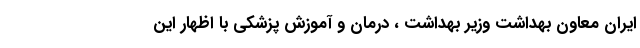
ایران معاون بهداشت وزیر بهداشت ، درمان و آموزش پزشکی با اظهار این